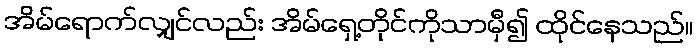
အိမ်ရောက်လျှင်လည်း အိမ်ရှေ့တိုင်ကိုသာမှီ၍ ထိုင်နေသည်။